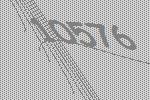
10576